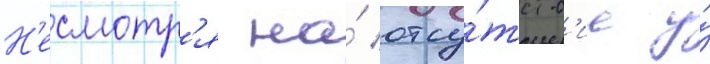
Н'есмотр'я на́ отсу́тств'ие у́